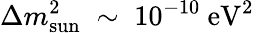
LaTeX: \Delta m_{\mathrm{sun}}^{2}\; \sim\; 10^{-10}~\mathrm{eV^{2}}\;